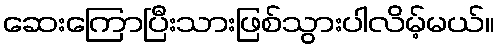
ဆေးကြောပြီးသားဖြစ်သွားပါလိမ့်မယ်။